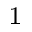
^ 1